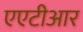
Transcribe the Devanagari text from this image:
एएटीआर